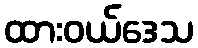
ထားဝယ်ဒေသ